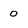
Character: 0